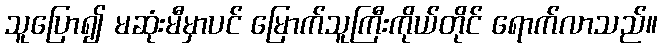
သူပြော၍ မဆုံးမီမှာပင် မြောက်သူကြီးကိုယ်တိုင် ရောက်လာသည်။